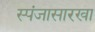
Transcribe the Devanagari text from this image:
स्पंजासारखा